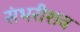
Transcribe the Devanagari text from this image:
संभरीशव